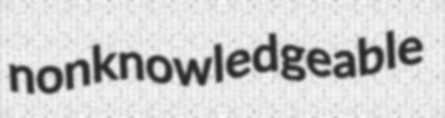
nonknowledgeable